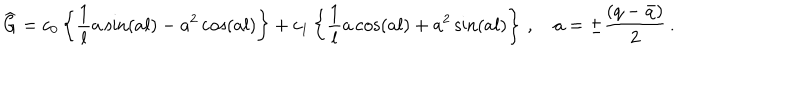
LaTeX: \widehat { \mathrm { G } } = c _ { 0 } \left\{ \frac { 1 } { l } a \sin ( a l ) - a ^ { 2 } \cos ( a l ) \right\} + c _ { 1 } \left\{ \frac { 1 } { l } a \cos ( a l ) + a ^ { 2 } \sin ( a l ) \right\} \, , \quad a = \pm \frac { ( q - \bar { q } ) } { 2 } \, .